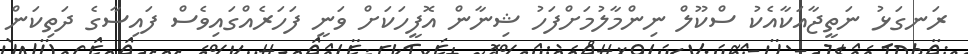
ރަނގަޅު ނަތީޖާއަކާއެކު ސްކޫލް ނިންމާލުމަށްފަހު ޝިނާން އޮފީހަކަށް ވަނީ ފަހަރެއްގައިވެސް ފައިސާގެ ދަތިކަން